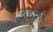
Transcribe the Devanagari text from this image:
बृहन्नर